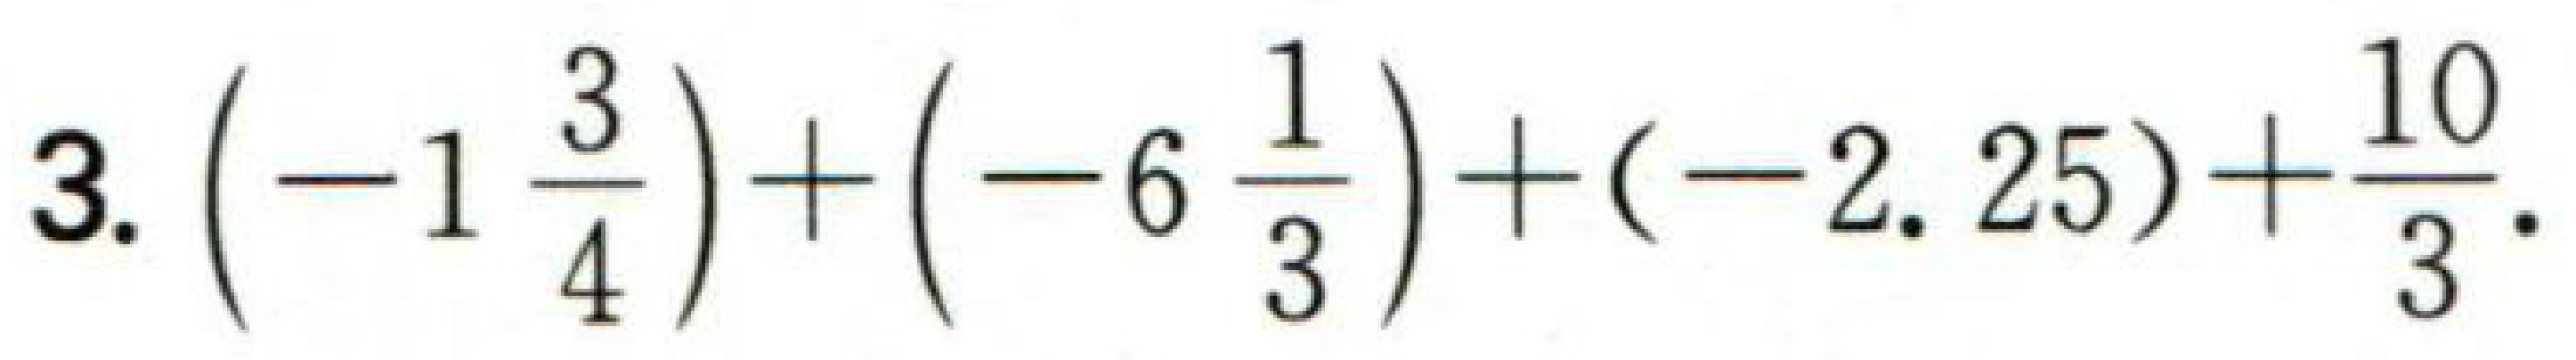
3.\(\left(-1\frac{3}{4}\right)+\left(-6\frac{1}{3}\right)+(-2.25)+\frac{10}{3}\).